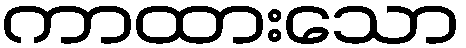
ကာထားသော